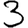
Digit: 3